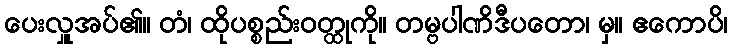
ပေးလှူအပ်၏။ တံ၊ ထိုပစ္စည်းဝတ္ထုကို။ တမ္ဗပါဏိဒီပတော၊ မှ။ ဧကောပိ၊